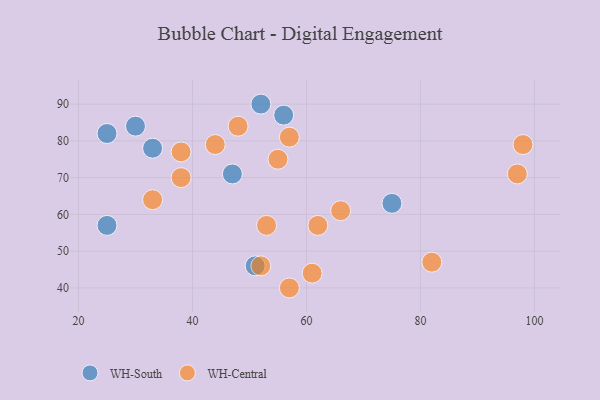
{"axis": {"x": "GDP", "y": "Life Expectancy"}, "legend": ["WH-Central", "WH-South"], "data": [{"x": "47", "y": 71, "type": "WH-South"}, {"x": "25", "y": 82, "type": "WH-South"}, {"x": "75", "y": 63, "type": "WH-South"}, {"x": "52", "y": 90, "type": "WH-South"}, {"x": "56", "y": 87, "type": "WH-South"}, {"x": "25", "y": 57, "type": "WH-South"}, {"x": "51", "y": 46, "type": "WH-South"}, {"x": "33", "y": 78, "type": "WH-South"}, {"x": "30", "y": 84, "type": "WH-South"}, {"x": "57", "y": 40, "type": "WH-Central"}, {"x": "38", "y": 77, "type": "WH-Central"}, {"x": "48", "y": 84, "type": "WH-Central"}, {"x": "62", "y": 57, "type": "WH-Central"}, {"x": "33", "y": 64, "type": "WH-Central"}, {"x": "53", "y": 57, "type": "WH-Central"}, {"x": "55", "y": 75, "type": "WH-Central"}, {"x": "97", "y": 71, "type": "WH-Central"}, {"x": "52", "y": 46, "type": "WH-Central"}, {"x": "44", "y": 79, "type": "WH-Central"}, {"x": "61", "y": 44, "type": "WH-Central"}, {"x": "38", "y": 70, "type": "WH-Central"}, {"x": "66", "y": 61, "type": "WH-Central"}, {"x": "57", "y": 81, "type": "WH-Central"}, {"x": "98", "y": 79, "type": "WH-Central"}, {"x": "82", "y": 47, "type": "WH-Central"}]}